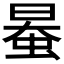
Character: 𧋯